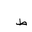
Letter: _da